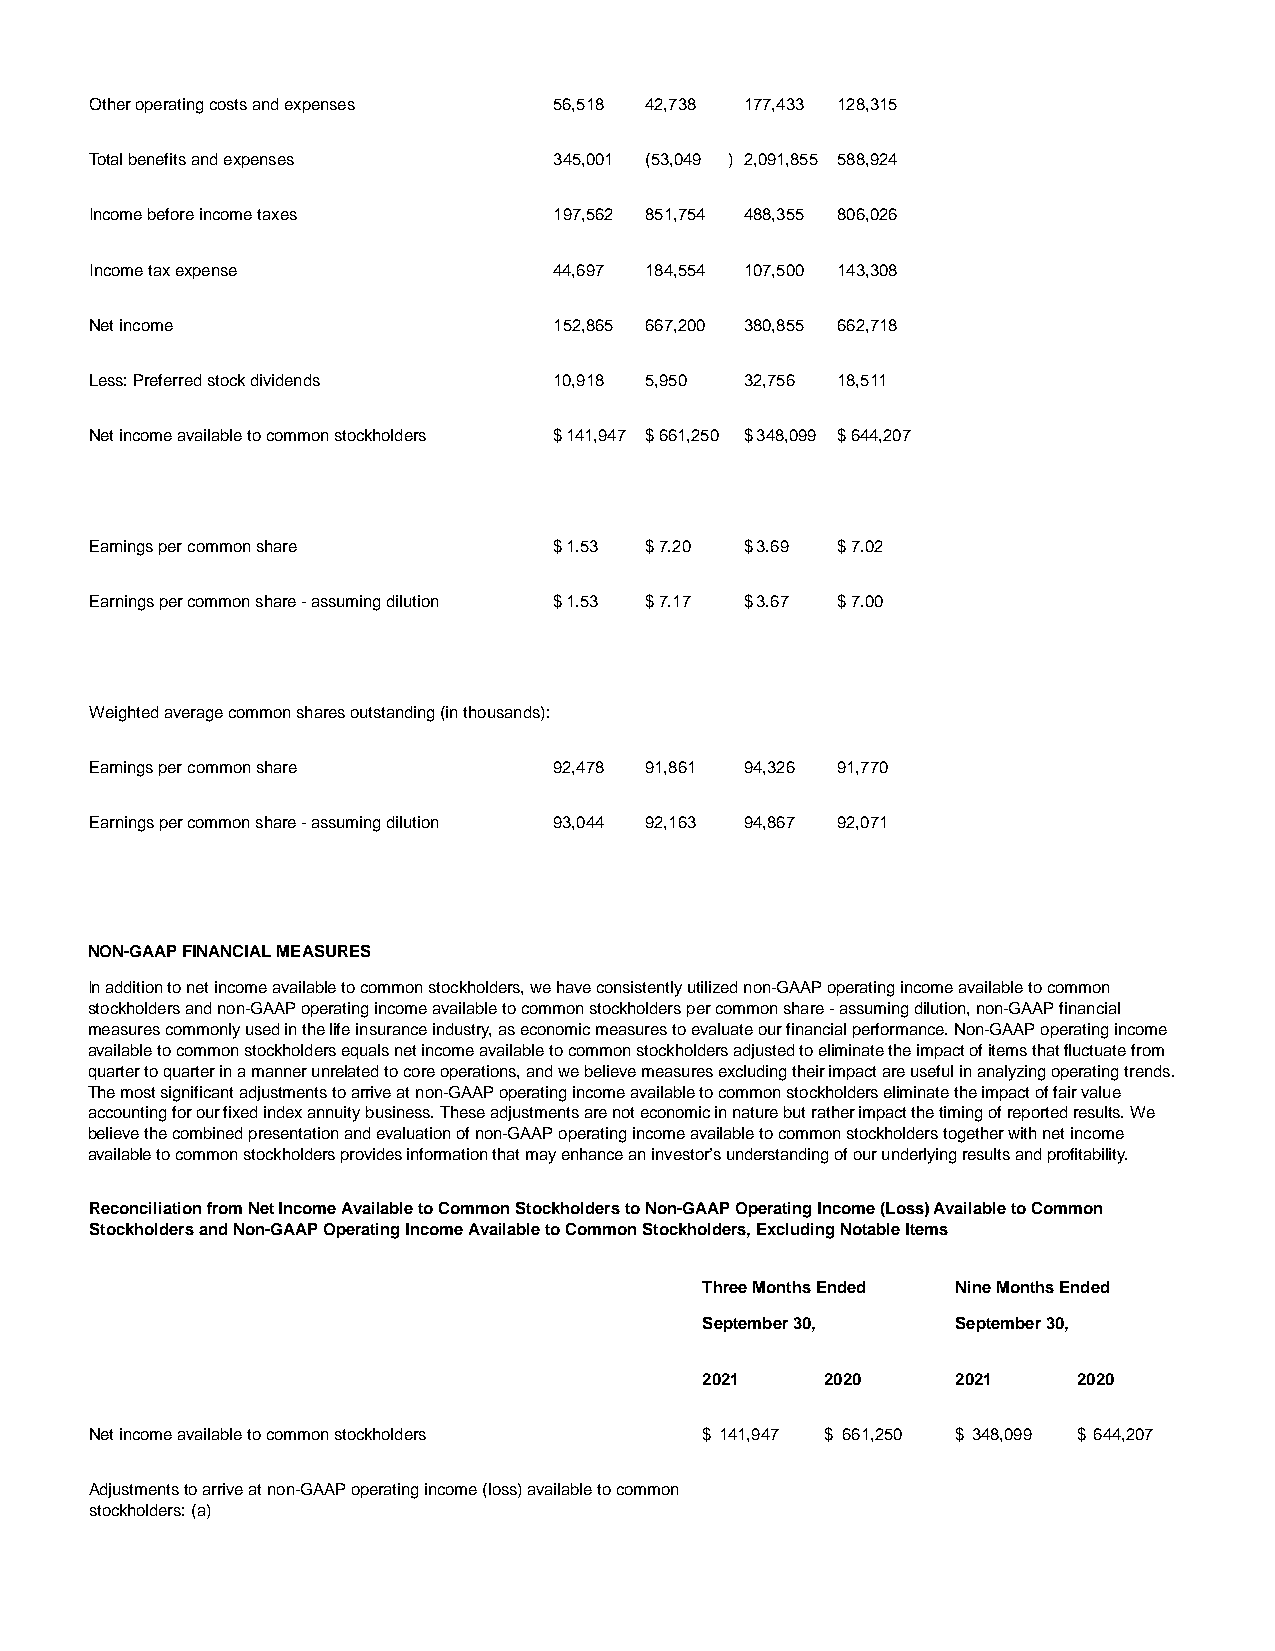
Other operating costs and expenses 56,518 42,738 177,433 128,315
 Total benefits and expenses    345,001 (53,049 ) 2,091,855 588,924
 Income before income taxes     197,562 851,754 488,355 806,026
 Income tax expense             44,697 184,554 107,500 143,308
 Net income                     152,865 667,200 380,855 662,718
 Less: Preferred stock dividends 10,918 5,950 32,756 18,511
 Net income available to common stockholders $141,947 $661,250 $348,099 $644,207
 Earnings per common share      $1.53 $7.20 $3.69 $7.02
 Earnings per common share - assuming dilution $1.53 $7.17 $3.67 $7.00
 Weighted average common shares outstanding (in thousands):
 Earnings per common share      92,478 91,861 94,326 91,770
 Earnings per common share - assuming dilution 93,044 92,163 94,867 92,071
 NON-GAAP FINANCIAL MEASURES
 In addition to net income available to common stockholders, we have consistently utilized non-GAAP operating income available to common
 stockholders and non-GAAP operating income available to common stockholders per common share - assuming dilution, non-GAAP financial
 measures commonly used in the life insurance industry, as economic measures to evaluate our financial performance. Non-GAAP operating income
 available to common stockholders equals net income available to common stockholders adjusted to eliminate the impact of items that fluctuate from
 quarter to quarter in a manner unrelated to core operations, and we believe measures excluding their impact are useful in analyzing operating trends.
 The most significant adjustments to arrive at non-GAAP operating income available to common stockholders eliminate the impact of fair value
 accounting for our fixed index annuity business. These adjustments are not economic in nature but rather impact the timing of reported results. We
 believe the combined presentation and evaluation of non-GAAP operating income available to common stockholders together with net income
 available to common stockholders provides information that may enhance an investor’s understanding of our underlying results and profitability.
 Reconciliation from Net Income Available to Common Stockholders to Non-GAAP Operating Income (Loss) Available to Common
 Stockholders and Non-GAAP Operating Income Available to Common Stockholders, Excluding Notable Items
 Three Months Ended Nine Months Ended
 September 30,   September 30,
 2021    2020    2021    2020
 Net income available to common stockholders $ 141,947 $ 661,250 $ 348,099 $ 644,207
 Adjustments to arrive at non-GAAP operating income (loss) available to common
 stockholders: (a)